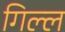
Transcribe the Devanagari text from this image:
गिल्ल